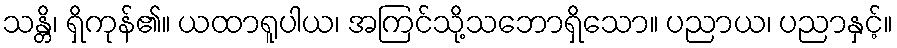
သန္တိ၊ ရှိကုန်၏။ ယထာရူပါယ၊ အကြင်သို့သဘောရှိသော။ ပညာယ၊ ပညာနှင့်။